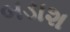
બડાશ